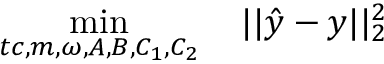
\operatorname* { m i n } _ { t c , m , \omega , A , B , C _ { 1 } , C _ { 2 } } \quad | | \hat { y } - y | | _ { 2 } ^ { 2 }